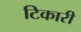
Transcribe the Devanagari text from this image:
टिकारी